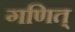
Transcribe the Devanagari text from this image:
गणित्